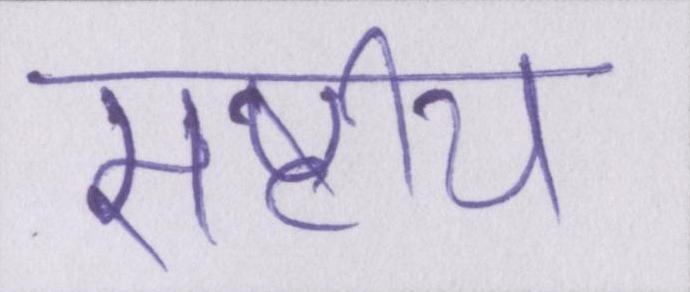
राष्ट्रीय